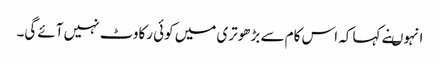
انہوںنے کہا کہ اس کام سے بڑھوتری میں کوئی رکاوٹ نہیں آئے گی۔